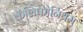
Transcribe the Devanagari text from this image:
कॅलिफोर्नियम